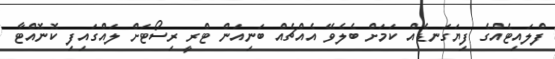
ފްލައިޓެއްގެ ފިޔަގަނޑެއް ކަމަށް ބެލެވޭ އެއްޗެއް ބަނިއަން ޓްރީ ރިސޯޓަށް ލައްގައިފި ކޮނޮއްޓާ